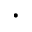
\cdot